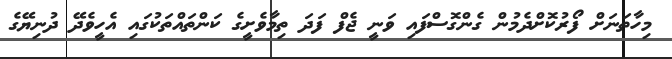
މިހާތަނަށް ފޯރުކޮށްދެމުން ގެންގޮސްފައި ވަނީ ޖެފް ފަދަ ތިމާވެށީގެ ކަންތައްތަކުގައި އެހީވެދޭ ދުނިޔޭގެ